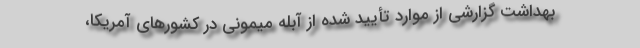
بهداشت گزارشی از موارد تأیید شده از آبله میمونی در کشورهای آمریکا،